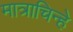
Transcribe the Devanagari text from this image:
मात्राचिन्हे